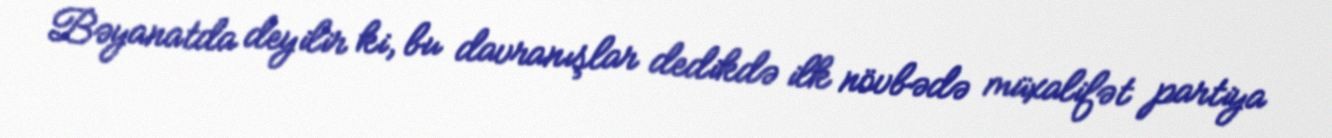
Bəyanatda deyilir ki, bu davranışlar dedikdə ilk növbədə müxalifət partiya